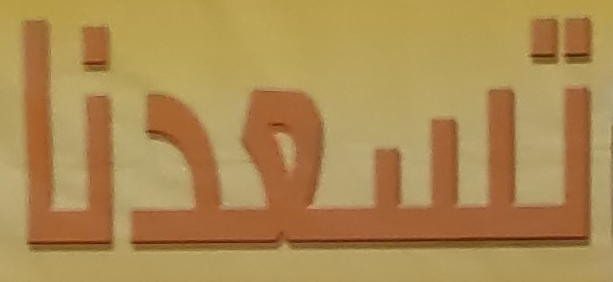
تسعدنا